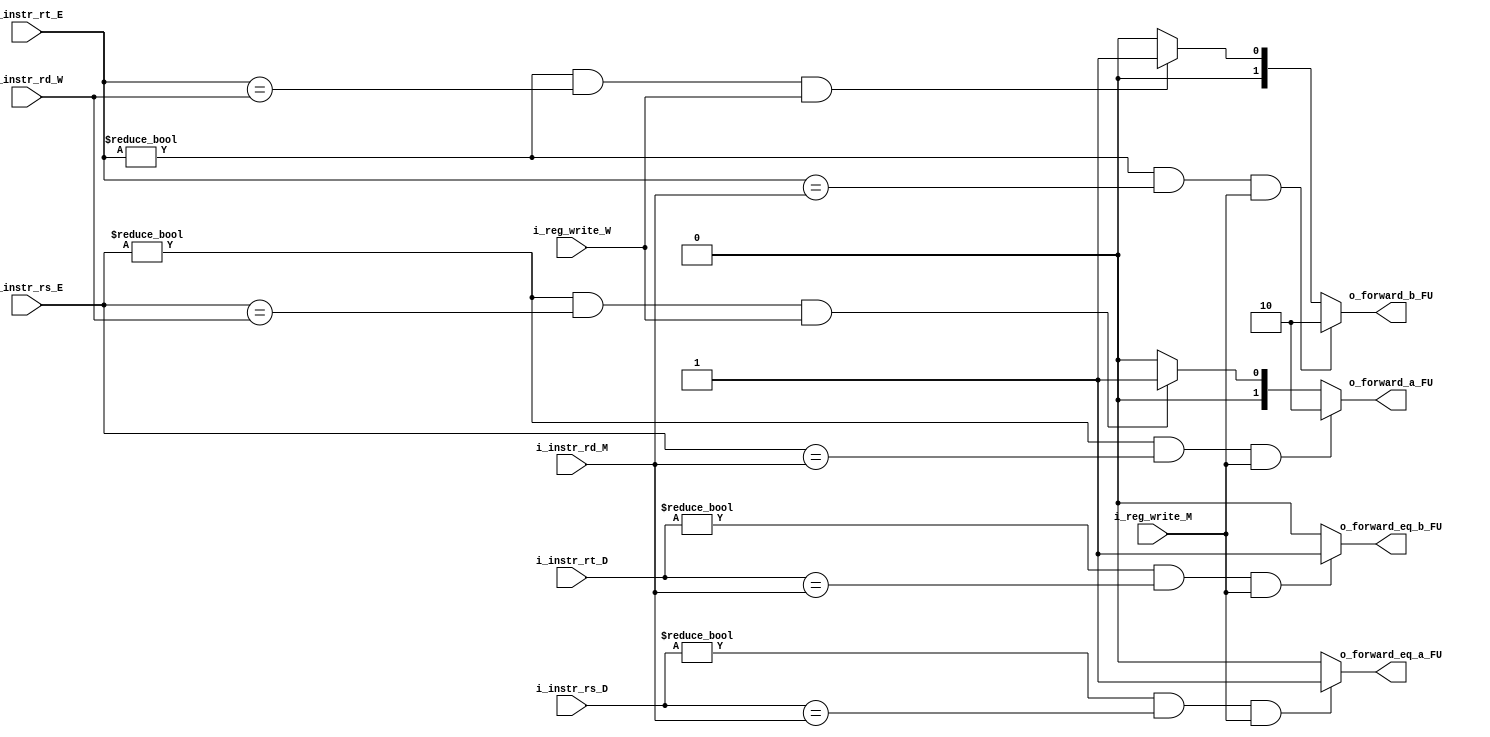
/**

**/

module ForwardingUnit
    #(
        // Parameters
        parameter FORW_EQ = 1,
        parameter FORW_ALU = 2
    )
    (
        // Inputs
        input [4 : 0]                   i_instr_rs_D,               // Instruction RS from ID (instr[25:21])
        input [4 : 0]                   i_instr_rt_D,               // Instruction RT from ID (instr[20:16])
        input [4 : 0]                   i_instr_rt_E,               // Instruction RT from EX (instr[20:16])
        input [4 : 0]                   i_instr_rs_E,               // Instruction RS from EX (instr[25:21])
        input [4 : 0]                   i_instr_rd_M,               // Instruction RD from MEM (instr[15:11])
        input [4 : 0]                   i_instr_rd_W,               // Instruction RD from WB (instr[15:11])
        input                           i_reg_write_M,              // RegWrite Control Line from MEM
        input                           i_reg_write_W,              // RegWrite Control Line from WB
        // Outputs
        output reg [FORW_EQ-1 : 0]      o_forward_eq_a_FU,         // Forwarding Eq A Control Line
        output reg [FORW_EQ-1 : 0]      o_forward_eq_b_FU,         // Forwarding Eq B Control Line
        output reg [FORW_ALU-1 : 0]     o_forward_a_FU,            // Forwarding A Control Line
        output reg [FORW_ALU-1 : 0]     o_forward_b_FU             // Forwarding B Control Line
    );

    // Body
    always @(*) 
    begin
        // ALU Forward A
        if((i_instr_rs_E != 0) & (i_instr_rs_E == i_instr_rd_M) & i_reg_write_M)
            begin
                o_forward_a_FU = 2'b10;
            end
        else if((i_instr_rs_E != 0) & (i_instr_rs_E == i_instr_rd_W) & i_reg_write_W)
            begin
                o_forward_a_FU = 2'b01;
            end
        else
            begin
                o_forward_a_FU = 2'b00;
            end

        // ALU Forward B
        if((i_instr_rt_E != 0) & (i_instr_rt_E == i_instr_rd_M) & i_reg_write_M)
            begin
                o_forward_b_FU = 2'b10;
            end
        else if((i_instr_rt_E != 0) & (i_instr_rt_E == i_instr_rd_W) & i_reg_write_W)
            begin
                o_forward_b_FU = 2'b01;
            end
        else
            begin
                o_forward_b_FU = 2'b00;
            end

        // Comparator Forwarding
        if((i_instr_rs_D != 0) & (i_instr_rs_D == i_instr_rd_M) & i_reg_write_M)
            begin
                o_forward_eq_a_FU = 1'b1;
            end
        else 
            begin
                o_forward_eq_a_FU = 1'b0;
            end
        
        if((i_instr_rt_D != 0) & (i_instr_rt_D == i_instr_rd_M) & i_reg_write_M)
            begin
                o_forward_eq_b_FU = 1'b1;
            end
        else 
            begin
                o_forward_eq_b_FU = 1'b0;
            end
    end

endmodule